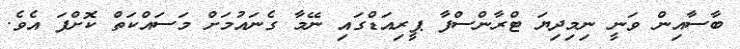
ބާސާއިން ވަނީ ނިމިދިޔަ ޓްރާންސްފާ ޕީރިއަޑްގައި ނޭމާ ގެނައުމަށް މަސައްކަތް ކޮށްފަ އެވެ.